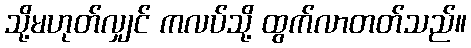
သို့မဟုတ်လျှင် ကလပ်သို့ ထွက်လာတတ်သည်။